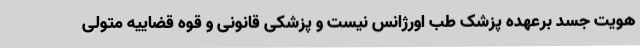
هویت جسد برعهده پزشک طب اورژانس نیست و پزشکی قانونی و قوه قضاییه متولی